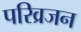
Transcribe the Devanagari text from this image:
परिव्रजन